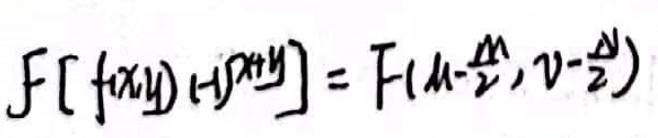
\(F[f(x)g(y)] = F(\mu-\frac{M}{2}, \nu-\frac{N}{2})\)